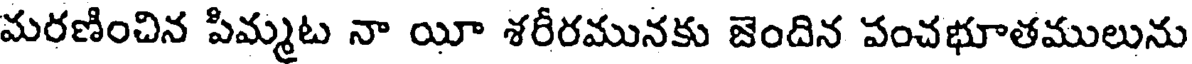
మరణించిన పిమ్మట నా యీ శరీరమునకు జెందిన పంచభూతములును